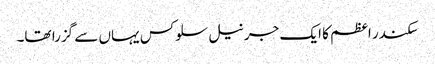
سکندر اعظم کا ایک جرنیل سلوکس یہاں سے گزرا تھا۔